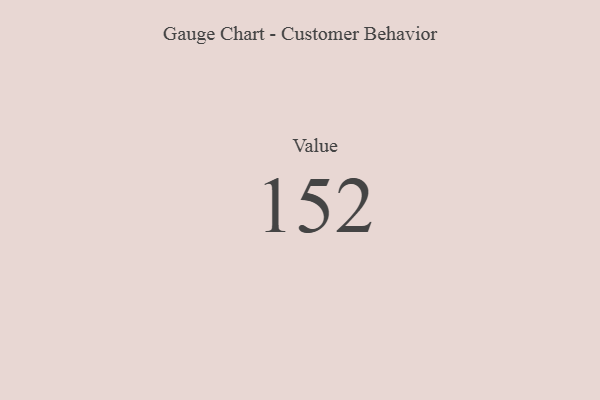
{"axis": {"x": "Metric", "y": "Value"}, "legend": [""], "data": [{"x": "Value", "y": 152, "type": ""}]}